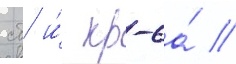
сб и́ кр-6а́ //